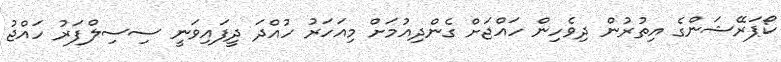
ކޯޕަރޭޝަންގެ އިތުރުން ދިވެހިން ހައްޖަށް ގެންދިއުމަށް މިއަހަރު ހުއްދަ ދީފައިވަނީ ސިސިލްފަރު ހައްޖު